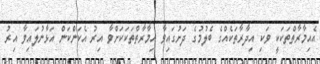
އެއިމާރާތްތަކަކީ ވަކި އިދާރާތަކެއްގެ ބެލުމުގެ ދަށުގައިވާ އިމާރާތްތަކަކަށްވާ އިރު އެކަންކަން އަޅާނުލައިވާ އިރު